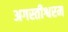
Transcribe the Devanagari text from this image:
अगस्तीश्वरम